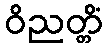
ဝိညတ္တိံ